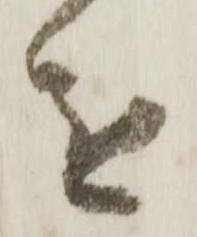
進